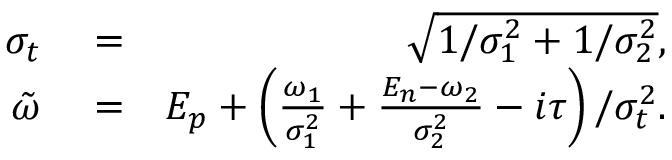
\begin{array} { r l r } { \sigma _ { t } } & { { } = } & { \sqrt { 1 / \sigma _ { 1 } ^ { 2 } + 1 / \sigma _ { 2 } ^ { 2 } } , } \\ { \tilde { \omega } } & { { } = } & { E _ { p } + \left( \frac { \omega _ { 1 } } { \sigma _ { 1 } ^ { 2 } } + \frac { E _ { n } - \omega _ { 2 } } { \sigma _ { 2 } ^ { 2 } } - i \tau \right) / \sigma _ { t } ^ { 2 } . } \end{array}